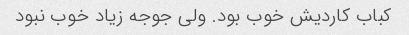
کباب کاردیش خوب بود. ولی جوجه زیاد خوب نبود